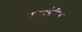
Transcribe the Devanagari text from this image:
सातांतील